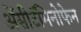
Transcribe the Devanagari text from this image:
ॲेसीटॅमिनोफेन